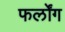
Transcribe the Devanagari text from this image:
फर्लोंग